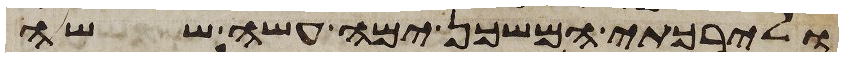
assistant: ולירכתי המשכן ימה עשה ששה